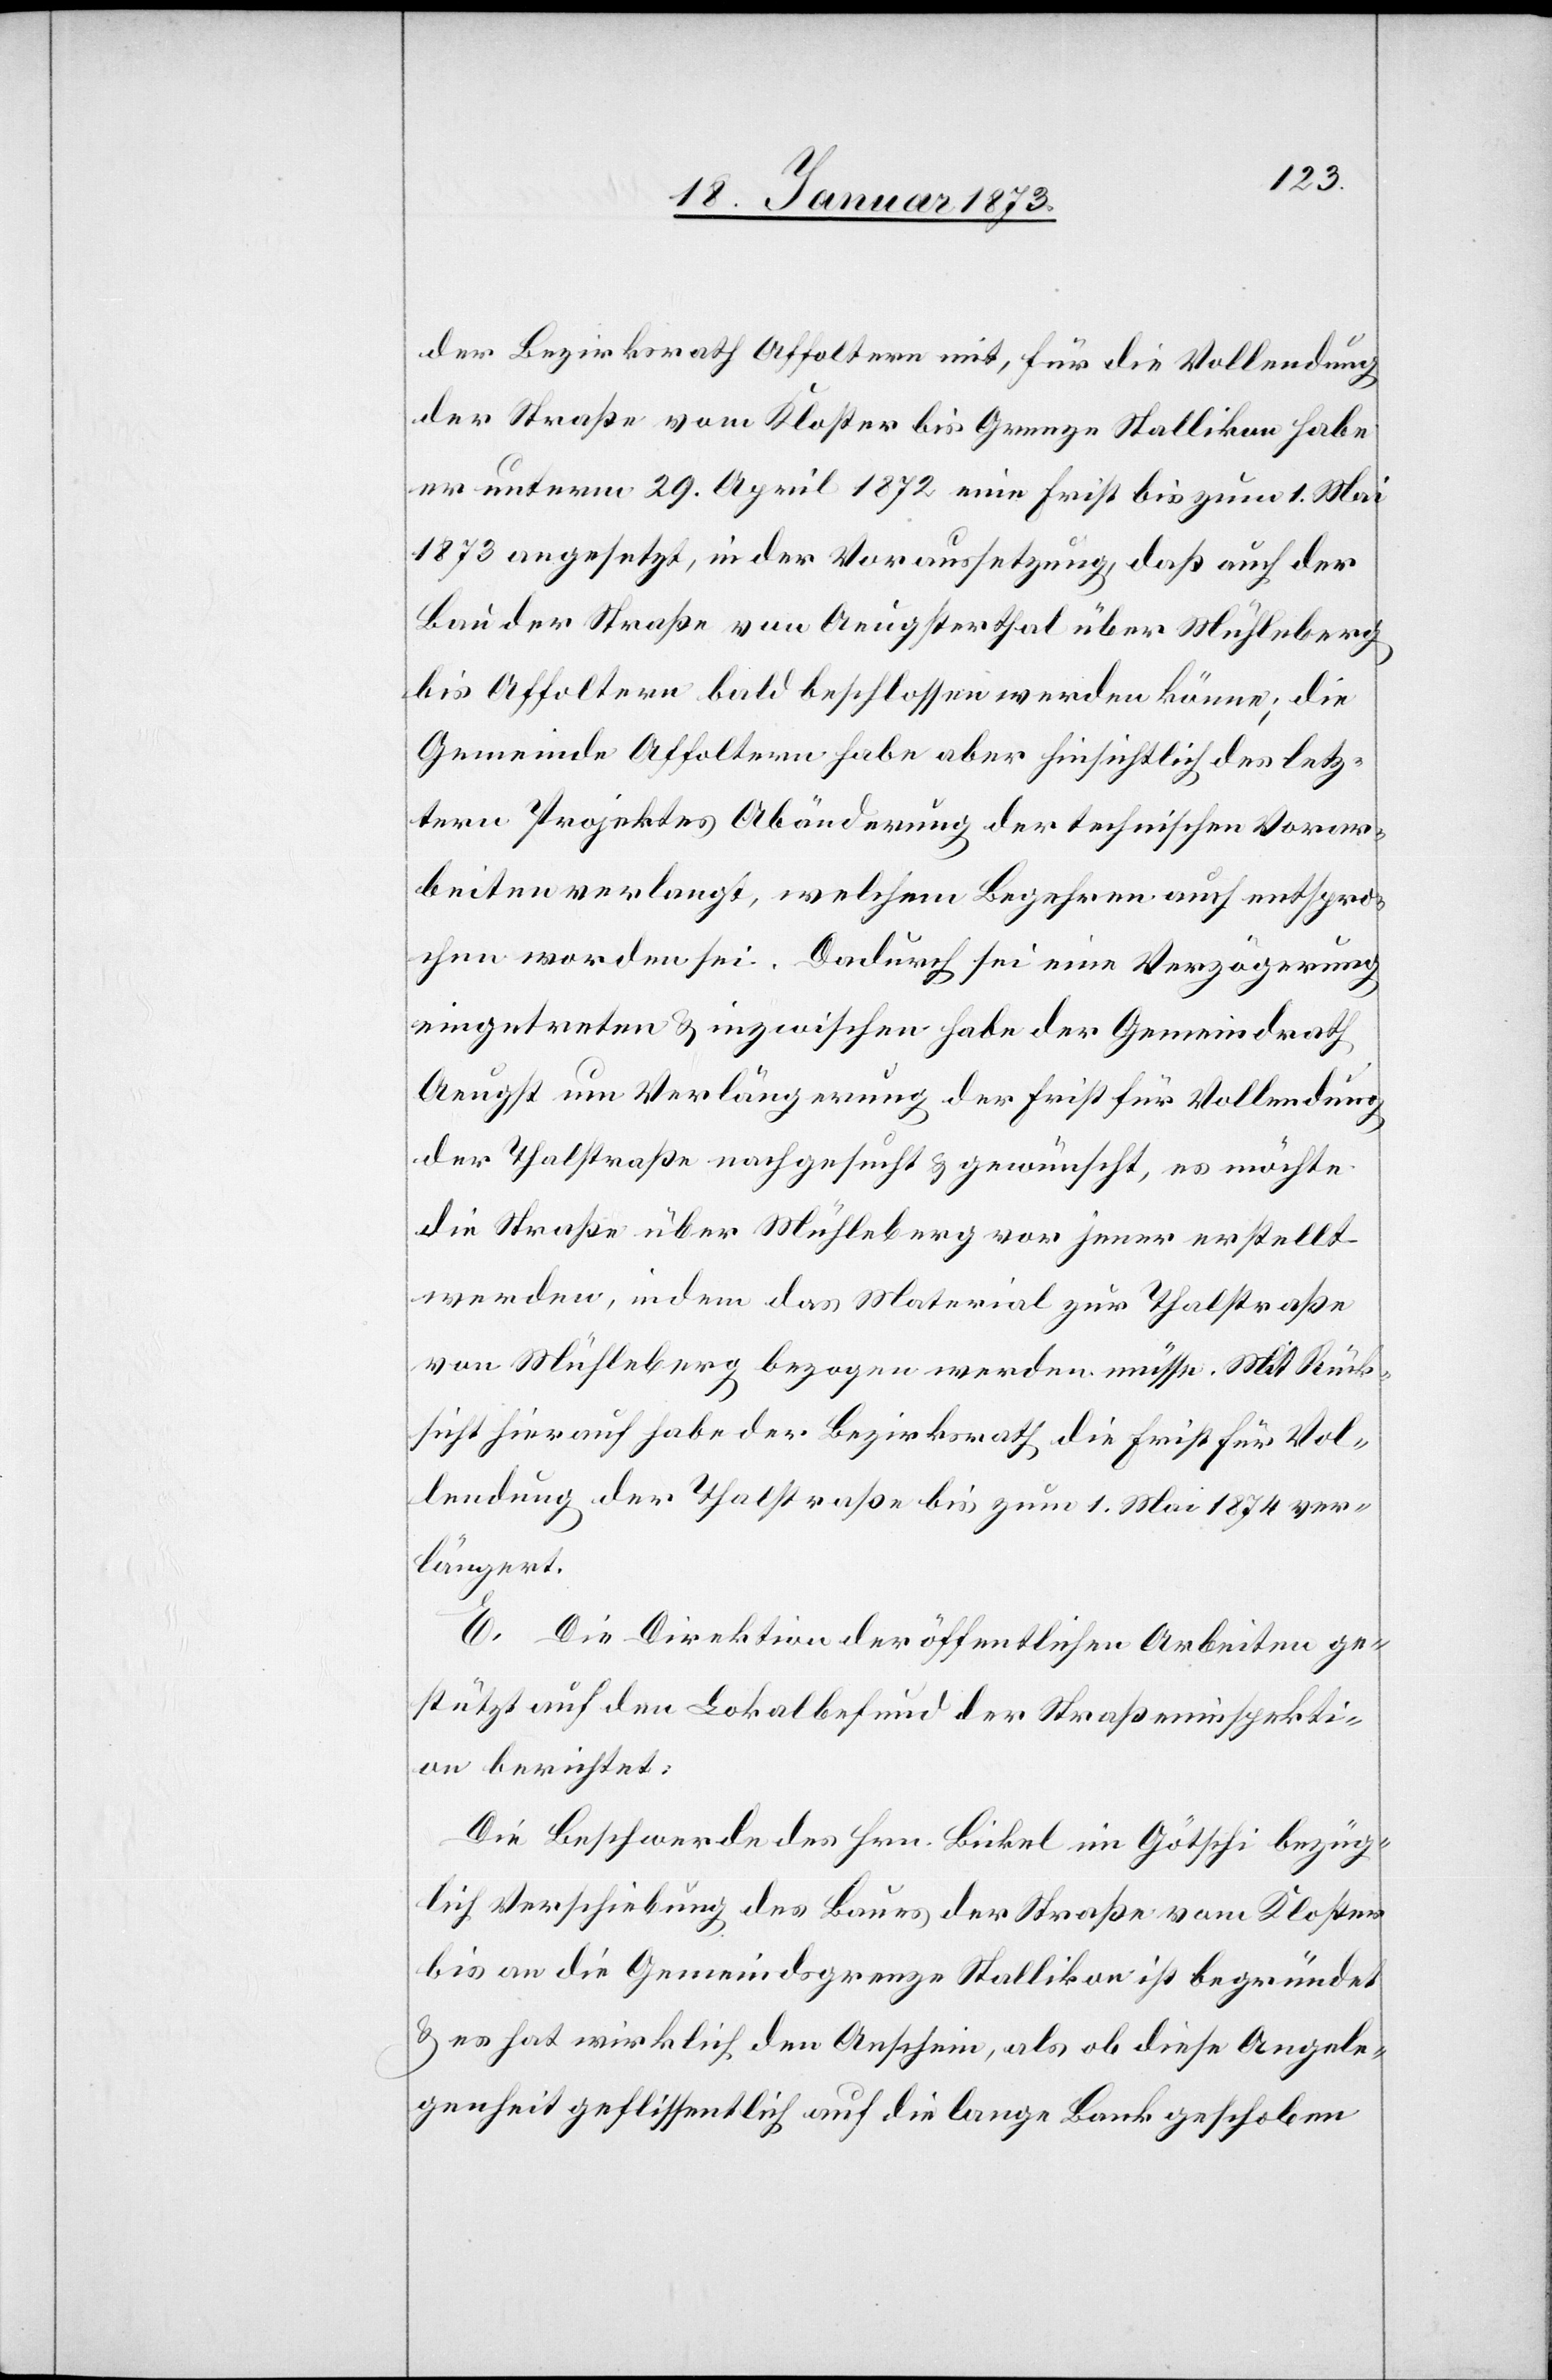
der Bezirksrath Affoltern mit, für die Vollendung
der Straße vom Kloster bis Grenze Stallikon habe
er unterm 29. April 1872 eine Frist bis zum 1. Mai
1873 angesetzt, in der Voraussetzung, daß auch der
Bau der Straße von Aeugsterthal über Mühleberg
bis Affoltern bald beschlossen werden könne; die
Gemeinde Affoltern habe aber hinsichtlich des letz¬
tern Projektes Abänderung der technischen Vorar¬
beiten verlangt, welchem Begehren auch entspro¬
chen worden sei. Dadurch sei eine Verzögerung
eingetreten u. inzwischen habe der Gemeindrath
Aeugst um Verlängerung der Frist für Vollendung
der Thalstraße nachgesucht u. gewünscht, es möchte
die Straße über Mühleberg vor jener erstellt
werden, indem das Material zur Thalstraße
von Mühleberg bezogen werden müsse. Mit Rück¬
sicht hierauf habe der Bezirksrath die Frist für Vol¬
lendung der Thalstraße bis zum 1. Mai 1874 ver¬
längert.
E. Die Direktion der öffentlichen Arbeiten ge¬
stützt auf den Lokalbefund der Straßeninspekti¬
on berichtet:
Die Beschwerde des Hrn. Bickel im Götschi bezüg¬
lich Verschiebung des Baues der Straße vom Kloster
bis an die Gemeindsgrenze Stallikon ist begründet
u. es hat wirklich den Anschein, als ob diese Angele¬
genheit geflissentlich auf die lange Bank geschoben